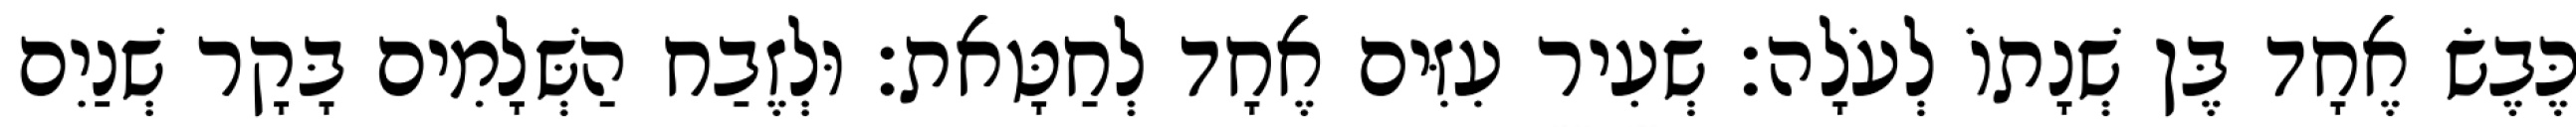
כֶּבֶשׂ אֶחָד בֶּן שְׁנָתוֹ לְעֹלָה׃ שְׂעִיר עִזִּים אֶחָד לְחַטָּאת׃ וּלְזֶבַח הַשְּׁלָמִים בָּקָר שְׁנַיִם